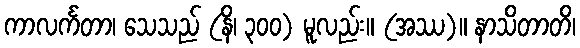
ကာလင်္ကတာ၊ သေသည် (နိ၊ ၃၀၀) မူလည်း။ (အဿ)။ နာသိတာတိ၊